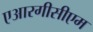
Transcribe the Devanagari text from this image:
एआरगीसीएम